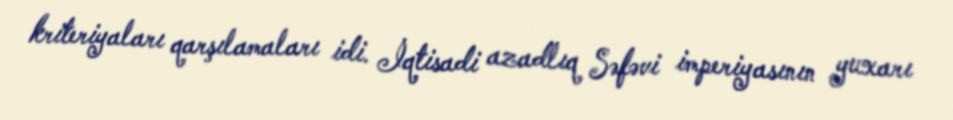
kriteriyaları qarşılamaları idi. İqtisadi azadlıq Səfəvi imperiyasının yuxarı